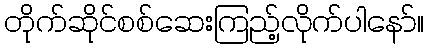
တိုက်ဆိုင်စစ်ဆေးကြည့်လိုက်ပါနော်။